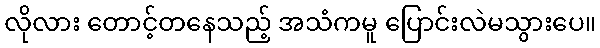
လိုလား တောင့်တနေသည့် အသံကမူ ပြောင်းလဲမသွားပေ။